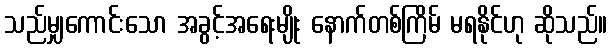
သည်မျှကောင်းသော အခွင့်အရေးမျိုး နောက်တစ်ကြိမ် မရနိုင်ဟု ဆိုသည်။